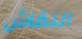
النقاش